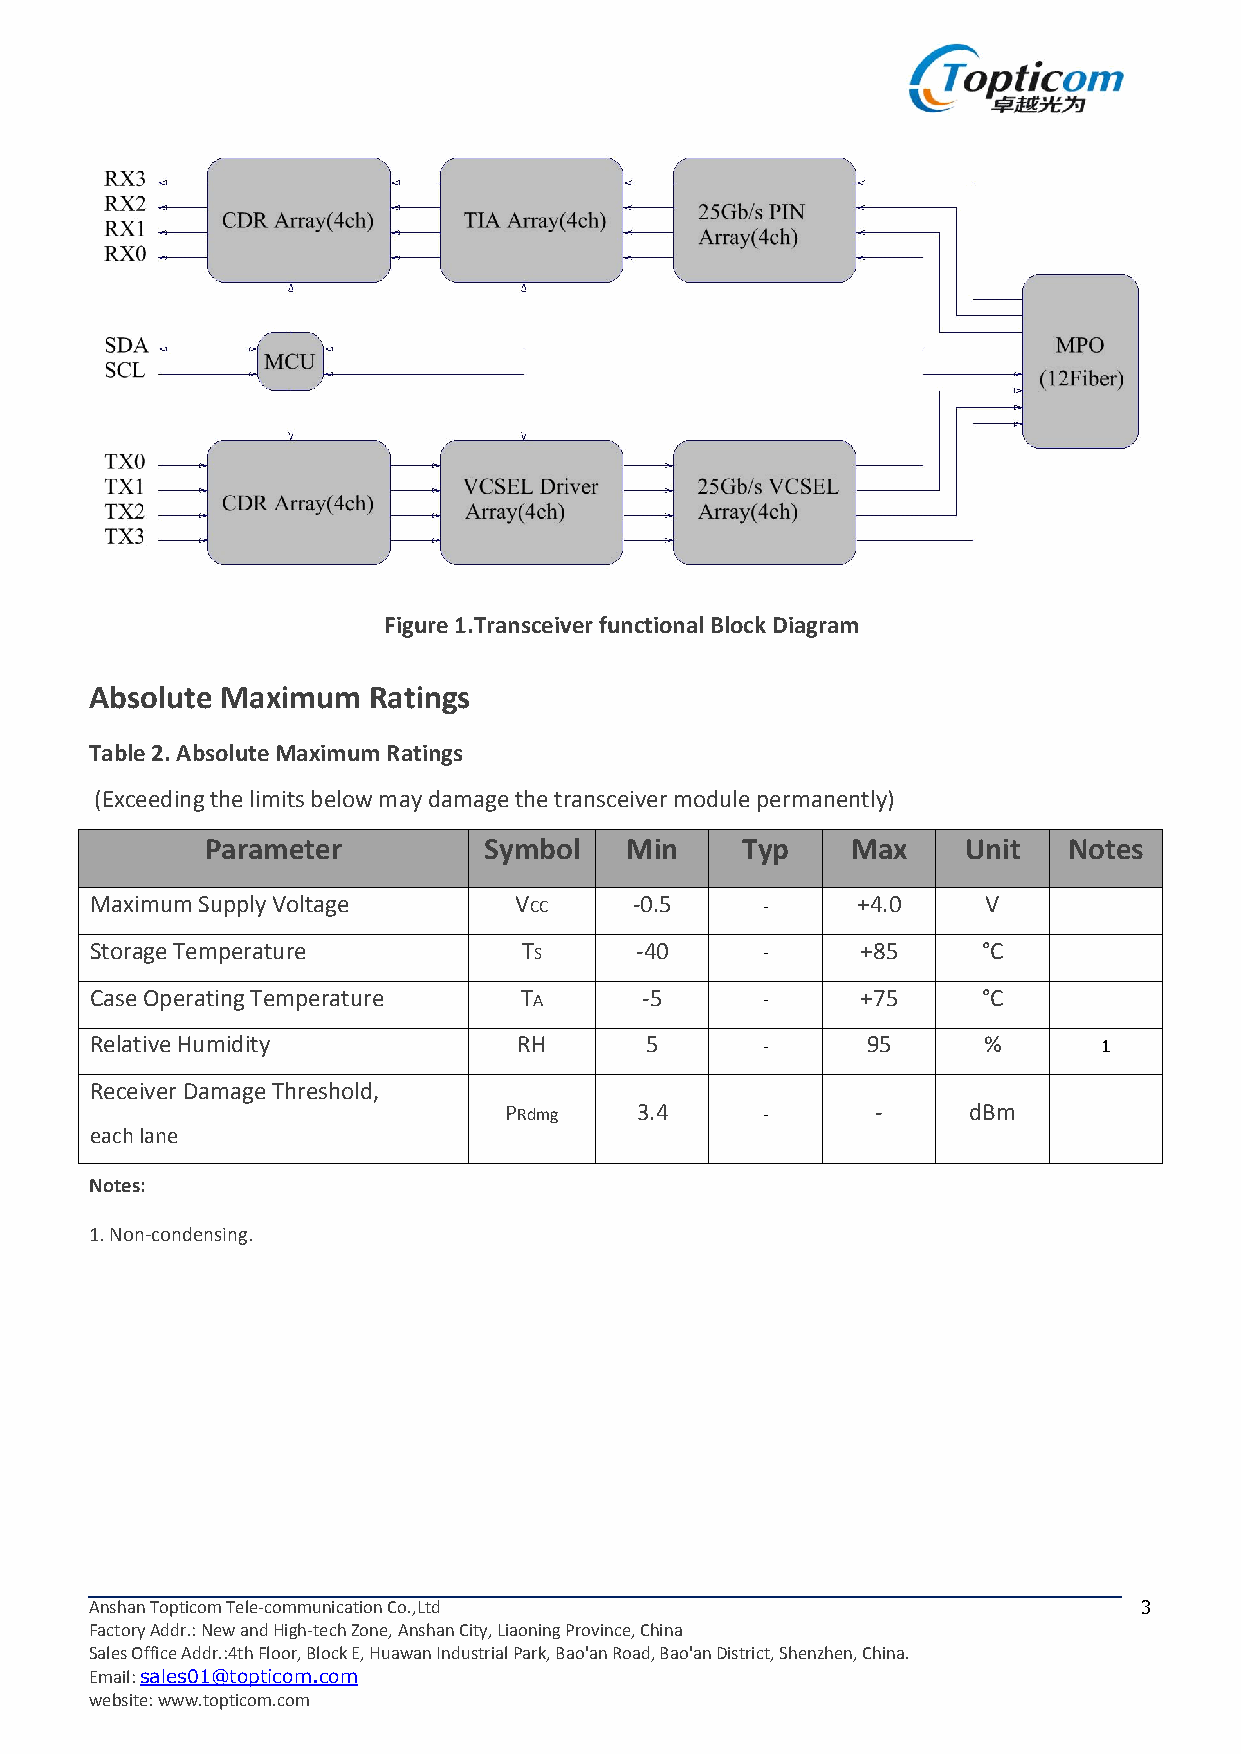
Figure1.TransceiverfunctionalBlockDiagram
 Absolute Maximum  Ratings
 Table2.AbsoluteMaximumRatings
 (Exceedingthelimitsbelowmaydamagethetransceivermodulepermanently)
 Parameter         Symbol   Min     Typ    Max     Unit   Notes
 MaximumSupplyVoltage        VCC     -0.5    -      +4.0    V
 StorageTemperature           TS     -40     -      +85     °C
 CaseOperatingTemperature    TA      -5      -      +75     °C
 RelativeHumidity            RH       5      -      95      %       1
 ReceiverDamageThreshold,
 PRdmg    3.4     -       -     dBm
 eachlane
 Notes:
 1.Non-condensing.
 AnshanTopticomTele-communicationCo.,Ltd                               3
 FactoryAddr.:NewandHigh-techZone,AnshanCity,LiaoningProvince,China
 SalesOfficeAddr.:4thFloor,BlockE,HuawanIndustrialPark,Bao'anRoad,Bao'anDistrict,Shenzhen,China.
 Email:sales01@topticom.com
 website:www.topticom.com